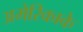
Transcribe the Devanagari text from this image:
अमेरिकाके